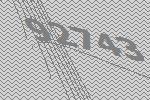
92743